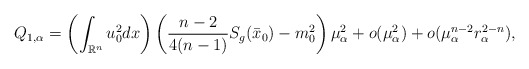
\begin{align*}Q_{1,\alpha}=\left(\int_{\mathbb{R}^n}u_0^2 dx\right) \left(\frac{n-2}{4(n-1)}S_g(\bar{x}_0)-m_0^2 \right)\mu_\alpha^2+o(\mu_\alpha^2)+o(\mu_\alpha^{n-2}r_\alpha^{2-n}),\end{align*}